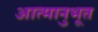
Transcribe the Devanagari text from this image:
आत्मानुभूत